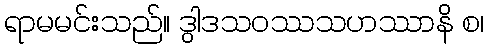
ရာမမင်းသည်။ ဒွါဒသဝဿသဟဿာနိ စ၊